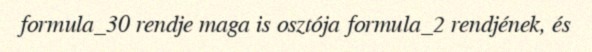
formula_30 rendje maga is osztója formula_2 rendjének, és